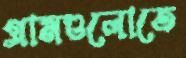
গ্রামগুলোতে